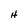
Character: H